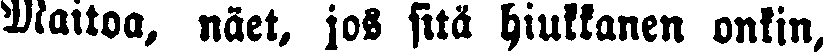
Maitoa, näet, jos sitä hiukkanen onkin,